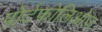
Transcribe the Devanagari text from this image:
पोर्टफोलिओज़